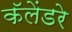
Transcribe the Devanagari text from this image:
कॅलेंडरे